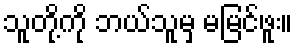
သူတို့ကို ဘယ်သူမှ မမြင်ဖူး။